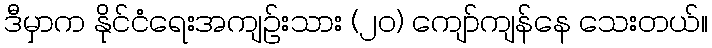
ဒီမှာက နိုင်ငံရေးအကျဉ်းသား (၂၀) ကျော်ကျန်နေ သေးတယ်။